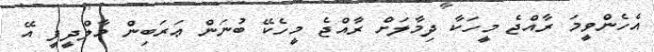
އެހެންވީމަ ރާއްޖެ މީހަކާ ދިމާލަށް ރާއްޖެ މީހެކޭ ބުނަން ޢަރަބިން މާލްދީފީ އޭ